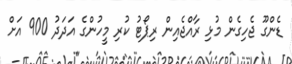
ޑެންގޫ ޖެހިގެން މުޅި ރާއްޖެއިން ރިޕޯޓު ކުރި މީހުންގެ އަދަދު 900 އަށް